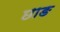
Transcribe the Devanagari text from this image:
छाङ